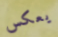
يعكس